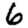
Digit: 6